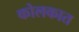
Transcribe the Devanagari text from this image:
कोलकात